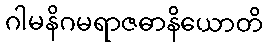
ဂါမနိဂမရာဇဓာနိယောတိ